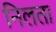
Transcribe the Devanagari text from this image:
निलता